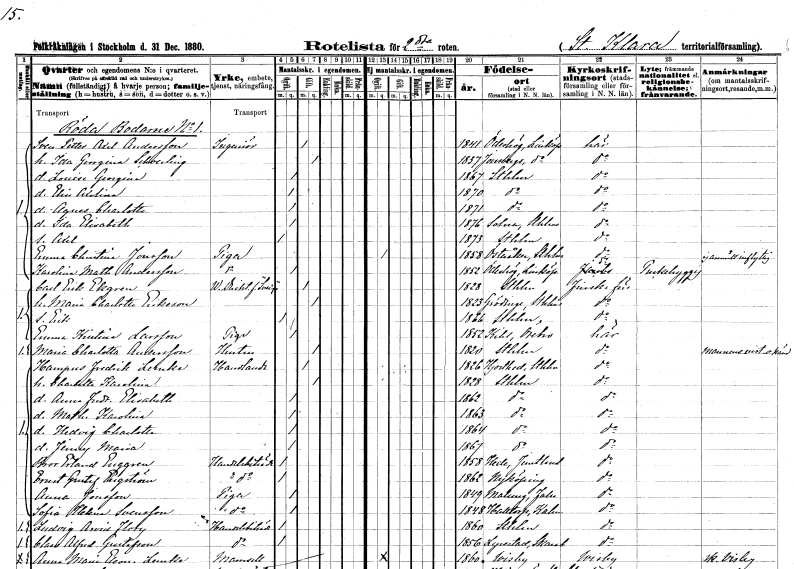
gt_parse: households: individuals: FN: Sven Petter Axel
EN: Andersson
YRKE: Ingenjör
KON: M
CIV: G
FODAR: 1841
FODFORS: Ödeshög Östergötlands län
FN: Ida Georgina
EN: Schoerling
KON: K
CIV: G
FODAR: 1837
FODFORS: Jonsberg Östergötlands län
FN: Louise Georgina
KON: K
CIV: O
FODAR: 1867
FODFORS: Stockholm
FN: Elin Axelina
KON: K
CIV: O
FODAR: 1870
FODFORS: Stockholm
FN: Agnes Charlotta
KON: K
CIV: O
FODAR: 1871
FODFORS: Stockholm
FN: Ida Elisabeth
KON: K
CIV: O
FODAR: 1876
FODFORS: Solna Stockholms län
FN: Axel
KON: M
CIV: O
FODAR: 1873
FODFORS: Stockholm
FN: Emma Christina
EN: Jonsson
YRKE: Piga
KON: K
CIV: O
FODAR: 1858
FODFORS: Österåker Stockholms län
FN: Karolina Mathilda
EN: Andersson
YRKE: Piga
KON: K
CIV: O
FODAR: 1852
FODFORS: Ödeshög Östergötlands län
FN: Carl Erik
EN: Ekgren
YRKE: Verkställande direktör
KON: M
CIV: G
FODAR: 1828
FODFORS: Stockholm
FN: Maria Charlotta
EN: Eriksson
KON: K
CIV: G
FODAR: 1823
FODFORS: Grödinge Stockholms län
FN: Erik
KON: M
CIV: O
FODAR: 1866
FODFORS: Stockholm
FN: Emma Kristina
EN: Larsson
YRKE: Piga
KON: K
CIV: O
FODAR: 1852
FODFORS: Kil Örebro län
FN: Maria Charlotta
EN: Andersson
YRKE: Hustru
KON: K
CIV: G
FODAR: 1820
FODFORS: Stockholm
FN: Hampus Fredrik
EN: Lemke
YRKE: Handlande
KON: M
CIV: G
FODAR: 1826
FODFORS: Hjorted Kalmar län
FN: Charlotta Karolina
KON: K
CIV: G
FODAR: 1828
FODFORS: Stockholm
FN: Anna Fredrika Elisabeth
KON: K
CIV: O
FODAR: 1862
FODFORS: Stockholm
FN: Mathilda Karolina
KON: K
CIV: O
FODAR: 1863
FODFORS: Stockholm
FN: Hedvig Charlotta
KON: K
CIV: O
FODAR: 1864
FODFORS: Stockholm
FN: Jenny Maria
KON: K
CIV: O
FODAR: 1867
FODFORS: Stockholm
FN: Bror Erland
EN: Enggren
YRKE: Handelsbiträde
KON: M
CIV: O
FODAR: 1858
FODFORS: Hede Jämtlands län
FN: Ernst Gustaf
EN: Engström
YRKE: Handelsbiträde
KON: M
CIV: O
FODAR: 1862
FODFORS: Nyköping Södermanlands län
FN: Anna
EN: Jonsson
YRKE: Piga
KON: K
CIV: O
FODAR: 1849
FODFORS: Malung Kopparbergs län
FN: Sofia Helena
EN: Svensson
YRKE: Piga
KON: K
CIV: O
FODAR: 1848
FODFORS: Halltorp Kalmar län